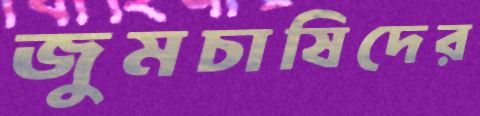
জুমচাষিদের